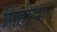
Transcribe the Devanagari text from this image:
पिहोवा।